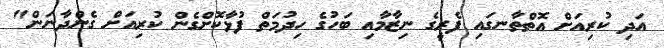
އަދި ކުރިއަށް އޮތްތާނގައި ފެރީގެ ނިޒާމާއި ބަހުގެ ހިދުމަތް ފުޅާކޮށްގެން ކުރިއަށް ގެންދާނަން"